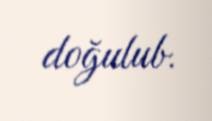
doğulub.